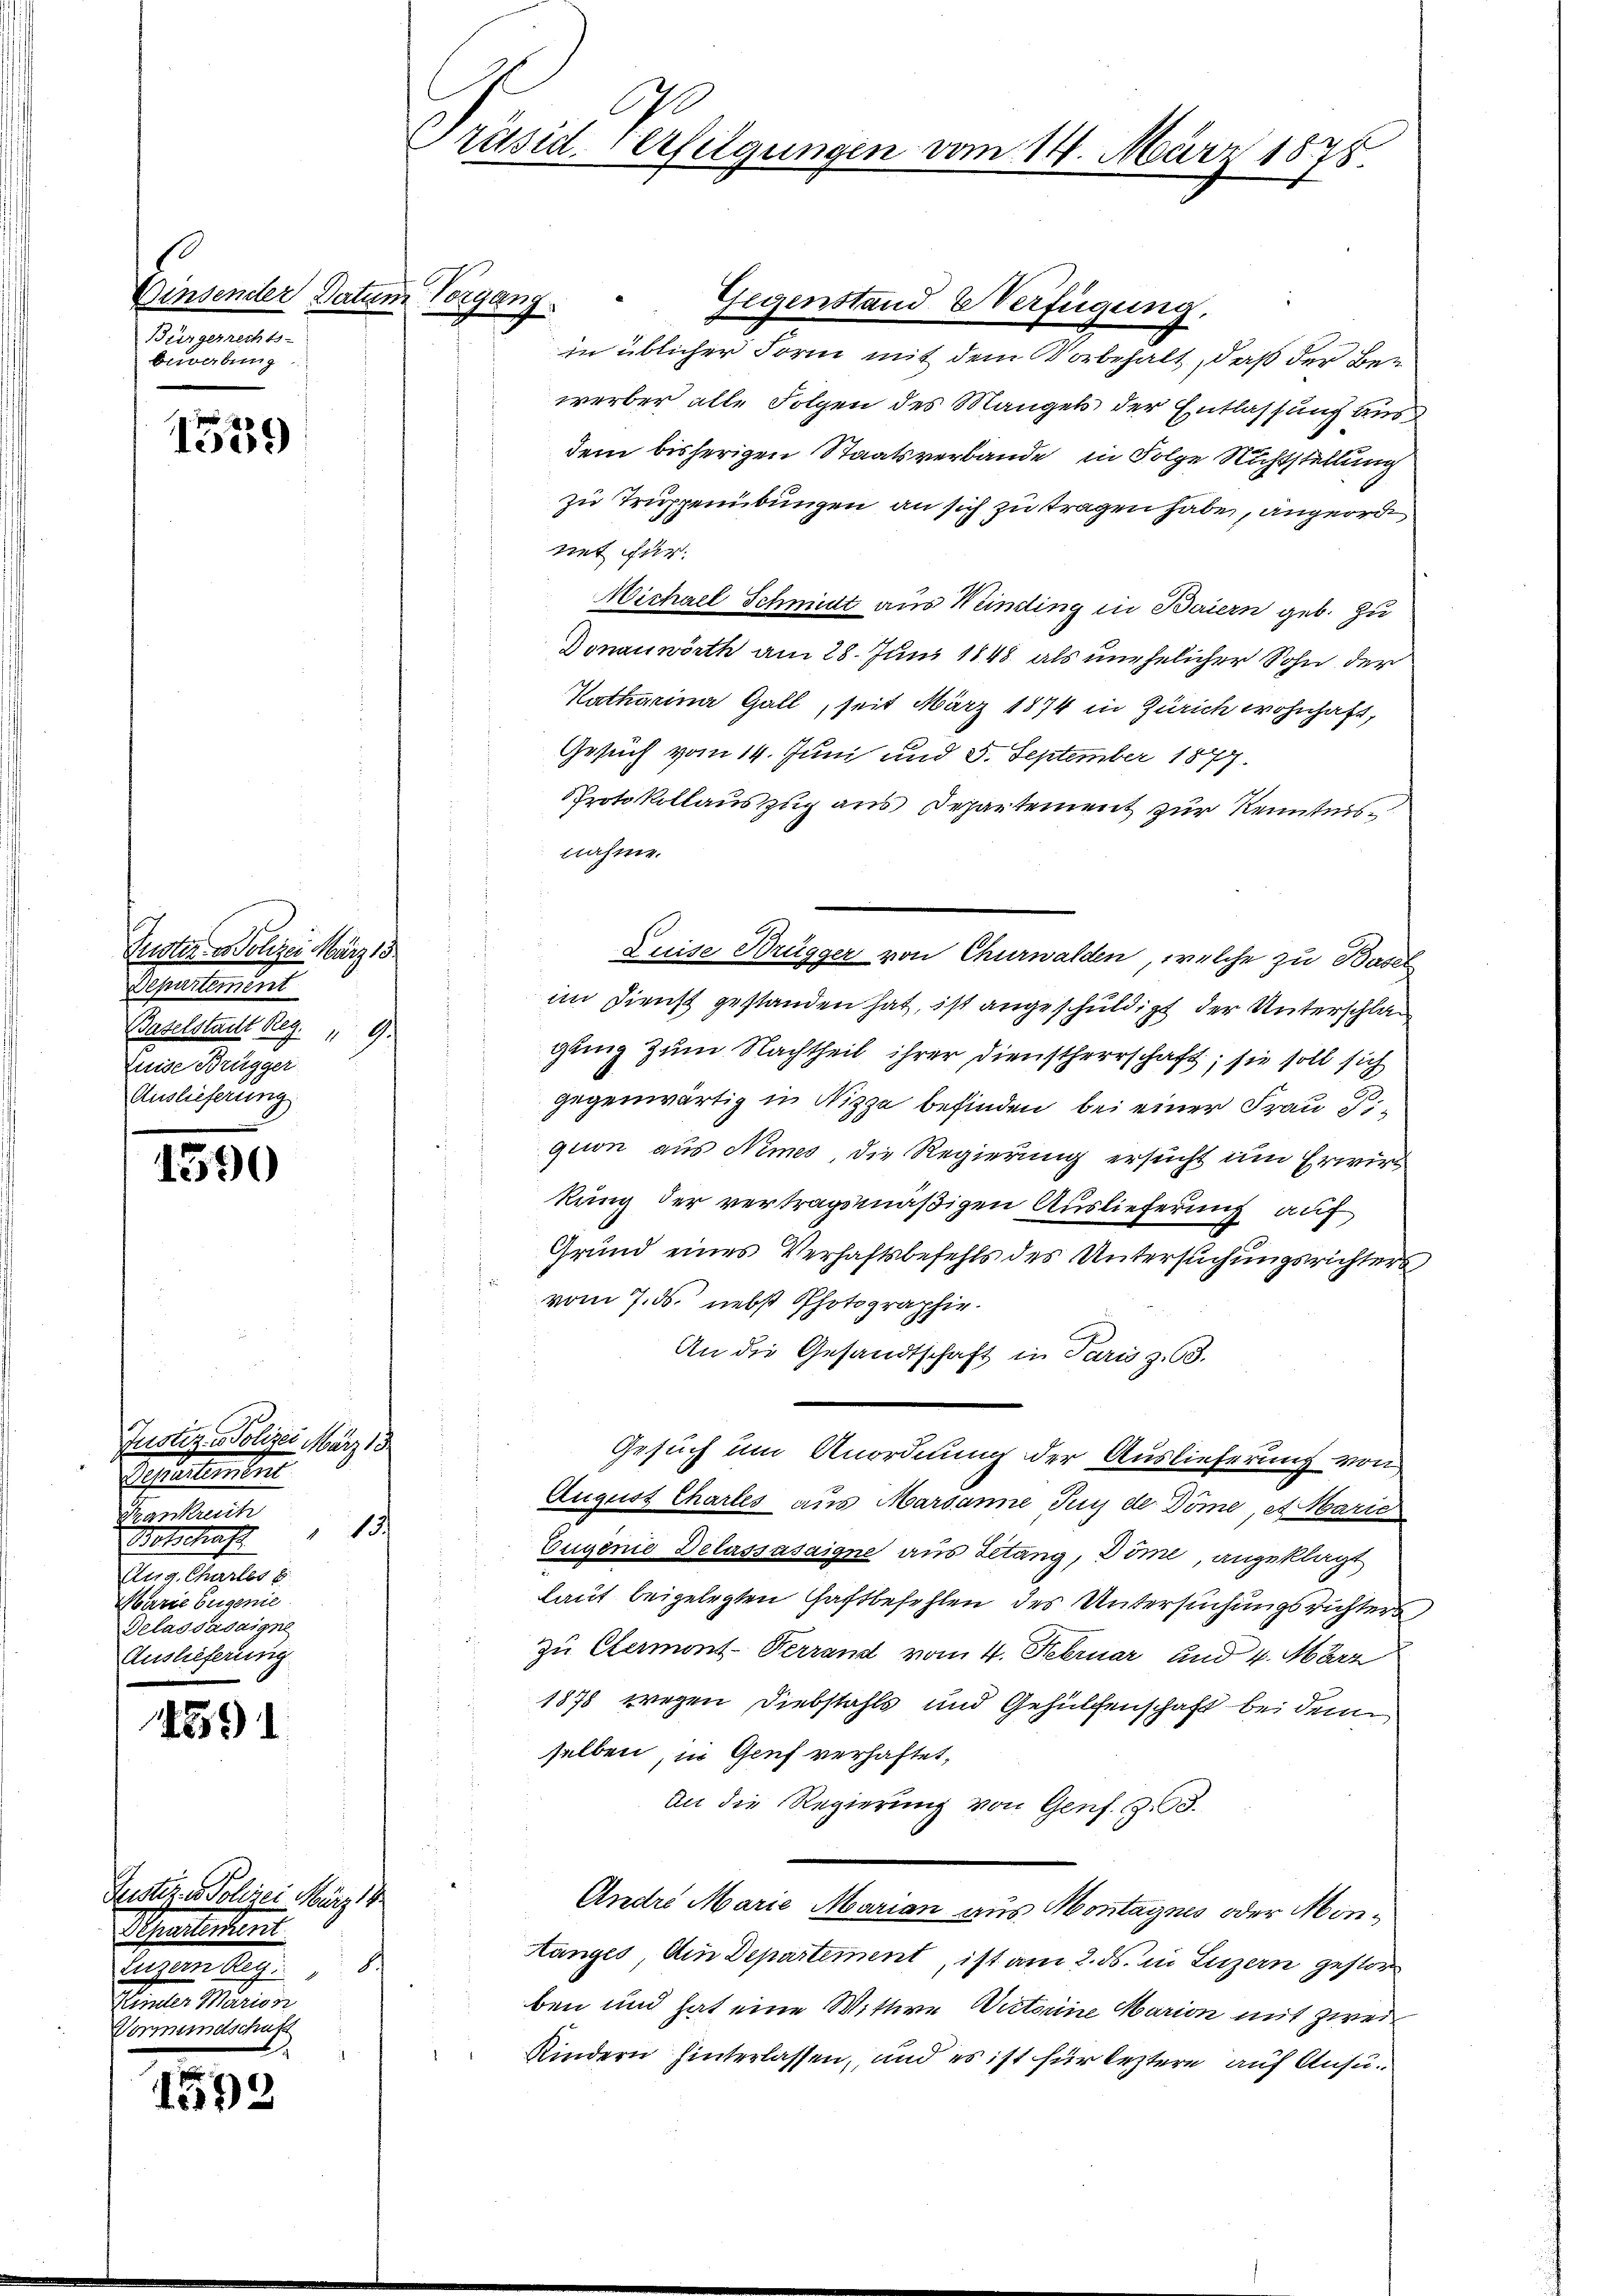
s
Dinsender Datum Vorgang
Bürgerrechts-
bewerbung

1309)

Puster- u Polizei März 18
Departement
Baselstadt Reg.
G.
Luise Brugger
Auslieferung

1590

Justiz & Polizei März 18
Theatenten
Frankreich
13.
Metschaft
Ger. Ausler s
Marie Eugenie
Gelassásaigne
Auslieferung

4591

159

Justiz - Polizei März 18.
Separtement
f
Sachen Rechten
Aemter Marien
Vormundschaft

C
Präsiderfeigungen vom 14. März 1875.

in üblicher Form mit dem Vorbehalt, daß der Bewerber alle Folgen des Mangels der Entlassung aus
dem bisherigen Staatsverbande, in Folge Richtstellung
zu Truppenübungen an sich zu tragen habe, angeord
nit für
Michael Schmidt aus Weinding in Baiern geb. Zu
Donauwörth am 28. Juni 1848 als unehelicher Sohn der
Katharina Gall, seit März 1874 in Zürich wohnhaft,
Gesuch vom 14. Juni und 5. September 1877.
Protokollauszug aus Departement zur Kenntnisnahme.
Luise Brügger von Churwalden, welche zu Basel
im Dienst gestanden hat, ist angeschuldigt der Unterschlag
gung zum Nachtheil ihrer Dienstherrschaft; sie soll sich
gegenwärtig in Nizza befinden bei einer Frau di
gion aus Nimes, die Regierung ersucht um Erwirk
kung der vertragsmäßigen Auslieferung auf
Grund eines Verhaftsbefehls des Untersuchungsrichters
vom 7. ds. nebst Photographie.
An die Gesandtschaft in Paris z.63.
Gesuch um Anordnung der Auslieferung von
August Chartes aus Marsanne Jug der Döme, et Marie
Eugenie Delassasaigne aus Zetang, Döme, angeklagt
laut beigelegten Haftbefehlen des Untersuchungsrichters
zu Clermont. Herrand vom 4. Februar und 4. März
1878 wegen Diebstahls und Gehülfenschaft bei dem
selben, in Genf verhaftet,
An die Regierung von Genf. 33.
Andre Marie Marian aus Montagnes oder Montanges din Departement, ist am 2. ds. in Luzern gestor
ben und hat eine Wittwe Victorine Marion mit Zweif
 Kindern hinterlassen, und es ist für leztere auf Ansu¬

Gegenstand Verfügung,